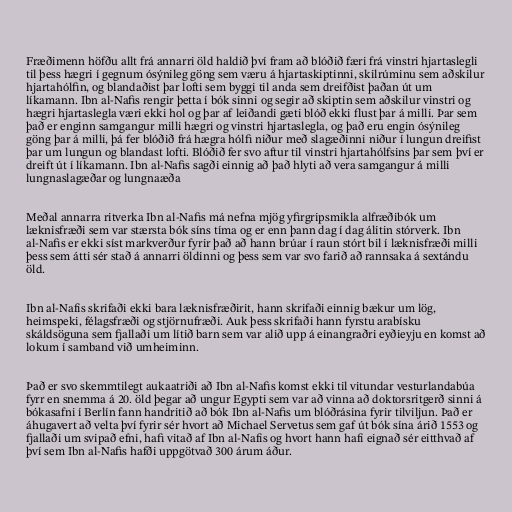
Fræðimenn höfðu allt frá annarri öld haldið því fram að blóðið færi frá vinstri hjartaslegli
til þess hægri í gegnum ósýnileg göng sem væru á hjartaskiptinni, skilrúminu sem aðskilur
hjartahólfin, og blandaðist þar lofti sem byggi til anda sem dreifðist þaðan út um
líkamann. Ibn al-Nafis rengir þetta í bók sinni og segir að skiptin sem aðskilur vinstri og
hægri hjartaslegla væri ekki hol og þar af leiðandi gæti blóð ekki flust þar á milli. Þar sem
það er enginn samgangur milli hægri og vinstri hjartaslegla, og það eru engin ósýnileg
göng þar á milli, þá fer blóðið frá hægra hólfi niður með slagæðinni niður í lungun dreifist
þar um lungun og blandast lofti. Blóðið fer svo aftur til vinstri hjartahólfsins þar sem því er
dreift út í líkamann. Ibn al-Nafis sagði einnig að það hlyti að vera samgangur á milli
lungnaslagæðar og lungnaæða

Meðal annarra ritverka Ibn al-Nafis má nefna mjög yfirgripsmikla alfræðibók um
læknisfræði sem var stærsta bók síns tíma og er enn þann dag í dag álitin stórverk. Ibn
al-Nafis er ekki síst markverður fyrir það að hann brúar í raun stórt bil í læknisfræði milli
þess sem átti sér stað á annarri öldinni og þess sem var svo farið að rannsaka á sextándu
öld.

Ibn al-Nafis skrifaði ekki bara læknisfræðirit, hann skrifaði einnig bækur um lög,
heimspeki, félagsfræði og stjörnufræði. Auk þess skrifaði hann fyrstu arabísku
skáldsöguna sem fjallaði um lítið barn sem var alið upp á einangraðri eyðieyju en komst að
lokum í samband við umheiminn.

Það er svo skemmtilegt aukaatriði að Ibn al-Nafis komst ekki til vitundar vesturlandabúa
fyrr en snemma á 20. öld þegar að ungur Egypti sem var að vinna að doktorsritgerð sinni á
bókasafni í Berlín fann handritið að bók Ibn al-Nafis um blóðrásina fyrir tilviljun. Það er
áhugavert að velta því fyrir sér hvort að Michael Servetus sem gaf út bók sína árið 1553 og
fjallaði um svipað efni, hafi vitað af Ibn al-Nafis og hvort hann hafi eignað sér eitthvað af
því sem Ibn al-Nafis hafði uppgötvað 300 árum áður.